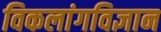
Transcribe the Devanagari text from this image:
विकलांगविज्ञान